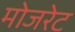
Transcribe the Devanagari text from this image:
मोजरेट